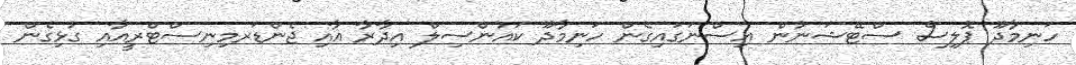
ހަނިމާދޫ ޕޮލިސް ސްޓޭޝަނުން އިސްނަގައިގެން ހަނިމާދޫ ކައުންސިލް އިދާރާ އާއި ޖެންޑަރމިނިސްޓްރީއާއި ގުޅިގެން